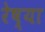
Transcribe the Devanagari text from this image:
रेष्या